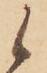
候